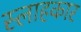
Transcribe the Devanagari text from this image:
स्लाहकार